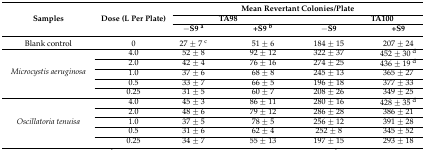
<table><thead><tr><td rowspan="3"><b>Samples</b></td><td rowspan="3"><b>Dose (L Per Plate)</b></td><td colspan="7"><b>Mean Revertant Colonies/Plate</b></td></tr><tr><td colspan="3"><b>TA98</b></td><td colspan="2"></td><td colspan="2"><b>TA100</b></td></tr><tr><td><b>−S9 <sup>a</sup></b></td><td></td><td><b>+S9 <sup>b</sup></b></td><td></td><td><b>−S9</b></td><td></td><td><b>+S9</b></td></tr></thead><tbody><tr><td>Blank control</td><td>0</td><td>27 ± 7 <sup>c</sup></td><td></td><td>51 ± 6</td><td></td><td>184 ± 15</td><td></td><td>207 ± 24</td></tr><tr><td rowspan="5"><i>Microcystis aeruginosa</i></td><td>4.0</td><td>52 ± 8</td><td></td><td>92 ± 12</td><td></td><td>322 ± 37</td><td></td><td>452 ± 30 <sup>d</sup></td></tr><tr><td>2.0</td><td>42 ± 4</td><td></td><td>76 ± 16</td><td></td><td>274 ± 25</td><td></td><td>436 ± 19 <sup>d</sup></td></tr><tr><td>1.0</td><td>37 ± 6</td><td></td><td>68 ± 8</td><td></td><td>245 ± 13</td><td></td><td>365 ± 27</td></tr><tr><td>0.5</td><td>33 ± 7</td><td></td><td>66 ± 5</td><td></td><td>196 ± 18</td><td></td><td>377 ± 33</td></tr><tr><td>0.25</td><td>31 ± 5</td><td></td><td>60 ± 7</td><td></td><td>208 ± 26</td><td></td><td>349 ± 25</td></tr><tr><td rowspan="5"><i>Oscillatoria tenuisa</i></td><td>4.0</td><td>45 ± 3</td><td></td><td>86 ± 11</td><td></td><td>280 ± 16</td><td></td><td>428 ± 35 <sup>d</sup></td></tr><tr><td>2.0</td><td>48 ± 6</td><td></td><td>79 ± 12</td><td></td><td>286 ± 28</td><td></td><td>386 ± 21</td></tr><tr><td>1.0</td><td>37 ± 5</td><td></td><td>78 ± 5</td><td></td><td>256 ± 12</td><td></td><td>391 ± 28</td></tr><tr><td>0.5</td><td>31 ± 6</td><td></td><td>62 ± 4</td><td></td><td>252 ± 8</td><td></td><td>345 ± 52</td></tr><tr><td>0.25</td><td>34 ± 7</td><td></td><td>55 ± 13</td><td></td><td>197 ± 15</td><td></td><td>293 ± 18</td></tr></tbody></table>